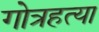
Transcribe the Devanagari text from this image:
गोत्रहत्या